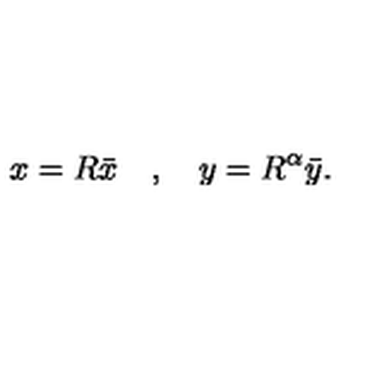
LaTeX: x = R \bar { x } \quad , \quad y = R ^ { \alpha } \bar { y } .